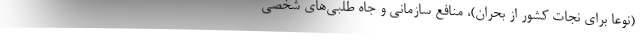
(نوعا برای نجات کشور از بحران)، منافع سازمانی و جاه طلبی‌های شخصی